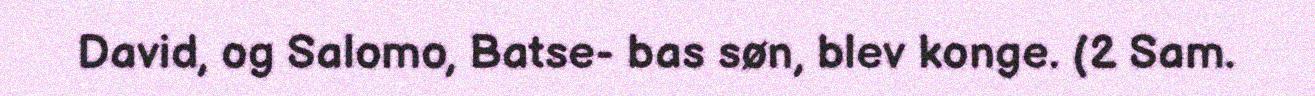
David, og Salomo, Batse- bas søn, blev konge. (2 Sam.